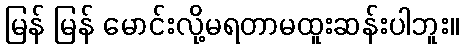
မြန် မြန် မောင်းလို့မရတာမထူးဆန်းပါဘူး။